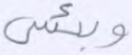
وبئس